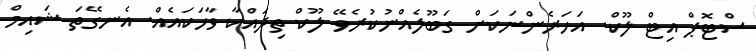
ސްޓޮޕް އިޓް ލޫކް. އަހަރެންނަކަށް ގަބޫލެއްނުކުރެވޭ ލޫކް ތިދައްކާ ވާހަކައެއް. އެނގޭތަ ޝައިމް